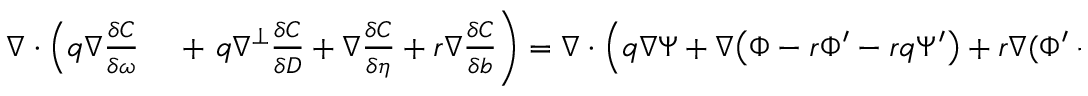
\begin{array} { r l } { \nabla \cdot \left( q \nabla \frac { \delta C } { \delta \omega } \right. } & { { } + \left. q \nabla ^ { \perp } \frac { \delta C } { \delta D } + \nabla \frac { \delta C } { \delta \eta } + r \nabla \frac { \delta C } { \delta b } \right) = \nabla \cdot \Big ( q \nabla \Psi + \nabla \big ( \Phi - r \Phi ^ { \prime } - r q \Psi ^ { \prime } \big ) + r \nabla ( \Phi ^ { \prime } + q \Psi ^ { \prime } ) \Big ) } \end{array}